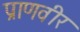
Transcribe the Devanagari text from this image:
प्राणवीर